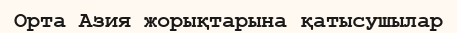
Орта Азия жорықтарына қатысушылар